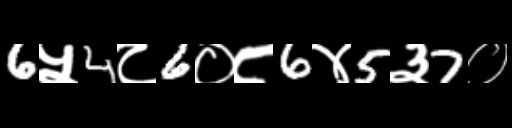
Text: 6५4८6०८6४5३7०